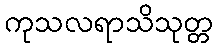
ကုသလရာသိသုတ္တ